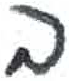
אות: ב